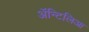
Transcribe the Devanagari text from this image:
अॅन्टिलिआ